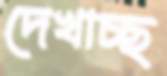
দেখাচ্ছ